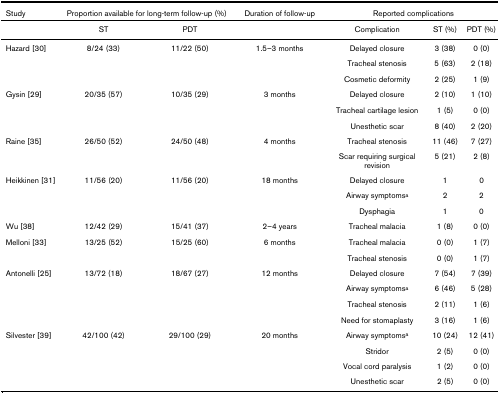
<table><thead><tr><td><b>Study</b></td><td colspan="2"><b>Proportion available for long-term follow-up (%)</b></td><td><b>Duration of follow-up</b></td><td colspan="3"><b>Reported complications</b></td></tr></thead><tbody><tr><td></td><td>ST</td><td>PDT</td><td></td><td>Complication</td><td>ST (%)</td><td>PDT (%)</td></tr><tr><td>Hazard [30]</td><td>8/24 (33)</td><td>11/22 (50)</td><td>1.5–3 months</td><td>Delayed closure</td><td>3 (38)</td><td>0 (0)</td></tr><tr><td></td><td></td><td></td><td></td><td>Tracheal stenosis</td><td>5 (63)</td><td>2 (18)</td></tr><tr><td></td><td></td><td></td><td></td><td>Cosmetic deformity</td><td>2 (25)</td><td>1 (9)</td></tr><tr><td>Gysin [29]</td><td>20/35 (57)</td><td>10/35 (29)</td><td>3 months</td><td>Delayed closure</td><td>2 (10)</td><td>1 (10)</td></tr><tr><td></td><td></td><td></td><td></td><td>Tracheal cartilage lesion</td><td>1 (5)</td><td>0 (0)</td></tr><tr><td></td><td></td><td></td><td></td><td>Unesthetic scar</td><td>8 (40)</td><td>2 (20)</td></tr><tr><td>Raine [35]</td><td>26/50 (52)</td><td>24/50 (48)</td><td>4 months</td><td>Tracheal stenosis</td><td>11 (46)</td><td>7 (27)</td></tr><tr><td></td><td></td><td></td><td></td><td>Scar requiring surgical revision</td><td>5 (21)</td><td>2 (8)</td></tr><tr><td>Heikkinen [31]</td><td>11/56 (20)</td><td>11/56 (20)</td><td>18 months</td><td>Delayed closure</td><td>1</td><td>0</td></tr><tr><td></td><td></td><td></td><td></td><td>Airway symptoms<sup>a</sup></td><td>2</td><td>2</td></tr><tr><td></td><td></td><td></td><td></td><td>Dysphagia</td><td>1</td><td>0</td></tr><tr><td>Wu [38]</td><td>12/42 (29)</td><td>15/41 (37)</td><td>2–4 years</td><td>Tracheal malacia</td><td>1 (8)</td><td>0 (0)</td></tr><tr><td>Melloni [33]</td><td>13/25 (52)</td><td>15/25 (60)</td><td>6 months</td><td>Tracheal malacia</td><td>0 (0)</td><td>1 (7)</td></tr><tr><td></td><td></td><td></td><td></td><td>Tracheal stenosis</td><td>0 (0)</td><td>1 (7)</td></tr><tr><td>Antonelli [25]</td><td>13/72 (18)</td><td>18/67 (27)</td><td>12 months</td><td>Delayed closure</td><td>7 (54)</td><td>7 (39)</td></tr><tr><td></td><td></td><td></td><td></td><td>Airway symptoms<sup>a</sup></td><td>6 (46)</td><td>5 (28)</td></tr><tr><td></td><td></td><td></td><td></td><td>Tracheal stenosis</td><td>2 (11)</td><td>1 (6)</td></tr><tr><td></td><td></td><td></td><td></td><td>Need for stomaplasty</td><td>3 (16)</td><td>1 (6)</td></tr><tr><td>Silvester [39]</td><td>42/100 (42)</td><td>29/100 (29)</td><td>20 months</td><td>Airway symptoms<sup>a</sup></td><td>10 (24)</td><td>12 (41)</td></tr><tr><td></td><td></td><td></td><td></td><td>Stridor</td><td>2 (5)</td><td>0 (0)</td></tr><tr><td></td><td></td><td></td><td></td><td>Vocal cord paralysis</td><td>1 (2)</td><td>0 (0)</td></tr><tr><td></td><td></td><td></td><td></td><td>Unesthetic scar</td><td>2 (5)</td><td>0 (0)</td></tr></tbody></table>